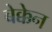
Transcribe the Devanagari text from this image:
बेक्केन